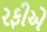
રફીએ